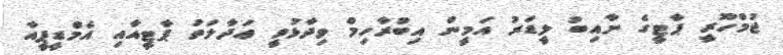
ޖުމްހޫރީ ޕާޓީގެ ނާއިބު ލީޑަރު އަމީން އިބްރާހިމް ވިދާޅުވީ ޢަދާލަތު ޕާޓީއާއި އެމްޑީޕީއާ